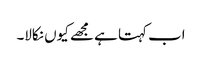
اب کہتا ہے مجھے کیوں نکالا۔